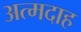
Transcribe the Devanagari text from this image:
अत्मदाह